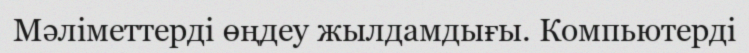
Мәліметтерді өңдеу жылдамдығы. Компьютерді